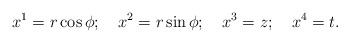
\begin{align*}x^1=r\cos \phi ;\quad x^2=r\sin \phi ;\quad x^3=z;\quad x^4=t.\end{align*}